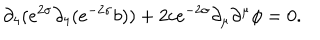
\partial _ { 4 } ( e ^ { 2 \sigma } \partial _ { 4 } ( e ^ { - 2 \sigma } b ) ) + 2 c e ^ { - 2 \sigma } \partial _ { \mu } \partial ^ { \mu } \phi = 0 .